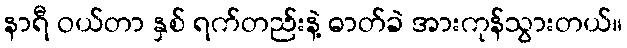
နာရီ ဝယ်တာ နှစ် ရက်တည်းနဲ့ ဓာတ်ခဲ အားကုန်သွားတယ်။